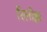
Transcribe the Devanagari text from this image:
रिलीझ